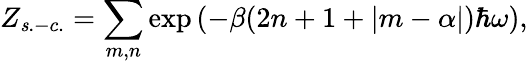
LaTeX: Z_{\mathit s.-c.}=\sum_{m,n}\exp{(-\beta(2n+1+|m-\alpha|)\hbar\omega)},